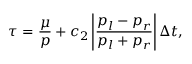
\tau = \frac { \mu } { p } + { { c } _ { 2 } } \left| \frac { { { p } _ { l } } - { { p } _ { r } } } { { { p } _ { l } } + { { p } _ { r } } } \right| \Delta t ,